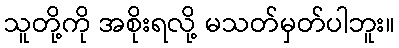
သူတို့ကို အစိုးရလို့ မသတ်မှတ်ပါဘူး။